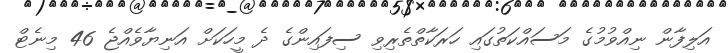
އަލިފާން ނިއްވުމުގެ މަސައްކަތުގައި ހަރަކާތްތެރިވި ސިފައިންގެ ދެ މީހަކަށް އަނިޔާވެއްޖެ 46 މިނެޓް